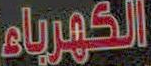
الكهرباء